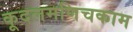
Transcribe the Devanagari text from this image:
कूदलमणिचकाम